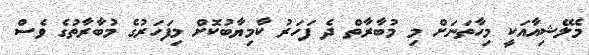
މެލޭޝިއާއަކީ މިހާތަނަށް މި މުބާރާތް ދެ ފަހަރު ކާމިޔާބުކޮށް މިފަހަރުގެ މުބާރާތުގެ ވެސް